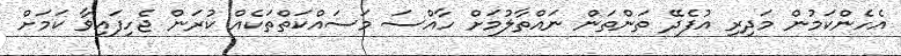
އެހެންކަމުން މަދިރި އުފެދޭ ތަންތަން ނައްތާލުމަށް ހާއްސަ މަސައްކަތްތަކެއް ކުރަން ޖެހިފައިވާ ކަމަށް